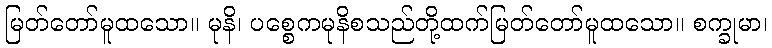
မြတ်တော်မူထသော။ မုနိ၊ ပစ္စေကမုနိစသည်တို့ထက်မြတ်တော်မူထသော။ စက္ခုမာ၊